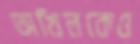
অখিলকেও